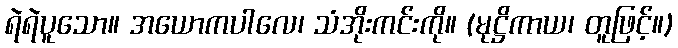
ရဲရဲပူသော။ အယောကပါလေ၊ သံအိုးကင်းကို။ (မုဋ္ဌိကာယ၊ တူဖြင့်။)